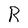
Character: R